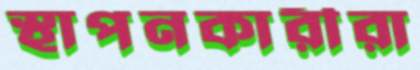
স্থাপনকারীরা